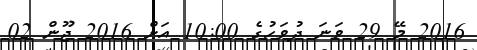
2016 މޭ 29 ވަނަ ދުވަހުގެ 10:00 އަށް 2016 ޖޫން 02